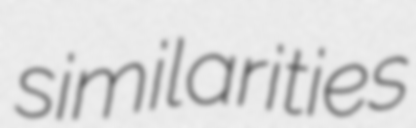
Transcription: similarities